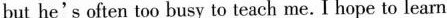
but he's often too busy to teach me. I hope to learn